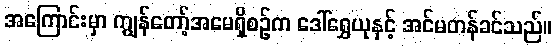
အကြောင်းမှာ ကျွန်တော့်အမေရှိစဉ်က ဒေါ်ရွှေယုနှင့် အင်မတန်ခင်သည်။